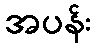
အပန်း